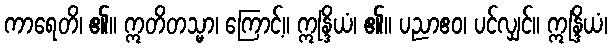
ကာရေတိ၊ ၏။ ဣတိတသ္မာ၊ ကြောင့်။ ဣန္ဒြိယံ၊ ၏။ ပညာဧဝ၊ ပင်လျှင်။ ဣန္ဒြိယံ၊